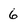
Character: 6